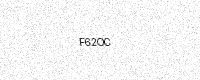
Text: F62OC